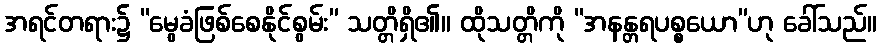
အရင်တရား၌ “မွေခံဖြစ်စေနိုင်စွမ်း” သတ္တိရှိ၏။ ထိုသတ္တိကို “အနန္တရပစ္စယော”ဟု ခေါ်သည်။